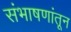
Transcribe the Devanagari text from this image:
संभाषणांतून